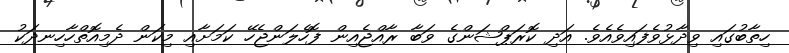
ހިތާބުގައި ވިދާޅުވެފައިވެއެވެ. އަދި ކޮރަޕްޝަންގެ ވަބާ ރާއްޖެއިން ފޮހެލަންޖެހޭ ކަމަށާއި މިކަން ދެމިއޮތްހާހިނދަކު